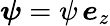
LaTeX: \boldsymbol{\psi}=\psi\, \boldsymbol{e}_{z}